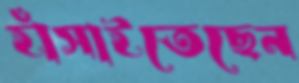
হাঁসাইতেছেন